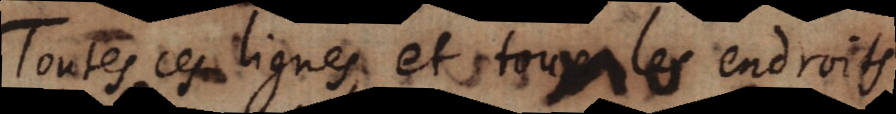
Toutes ces lignes, et tous les endroits